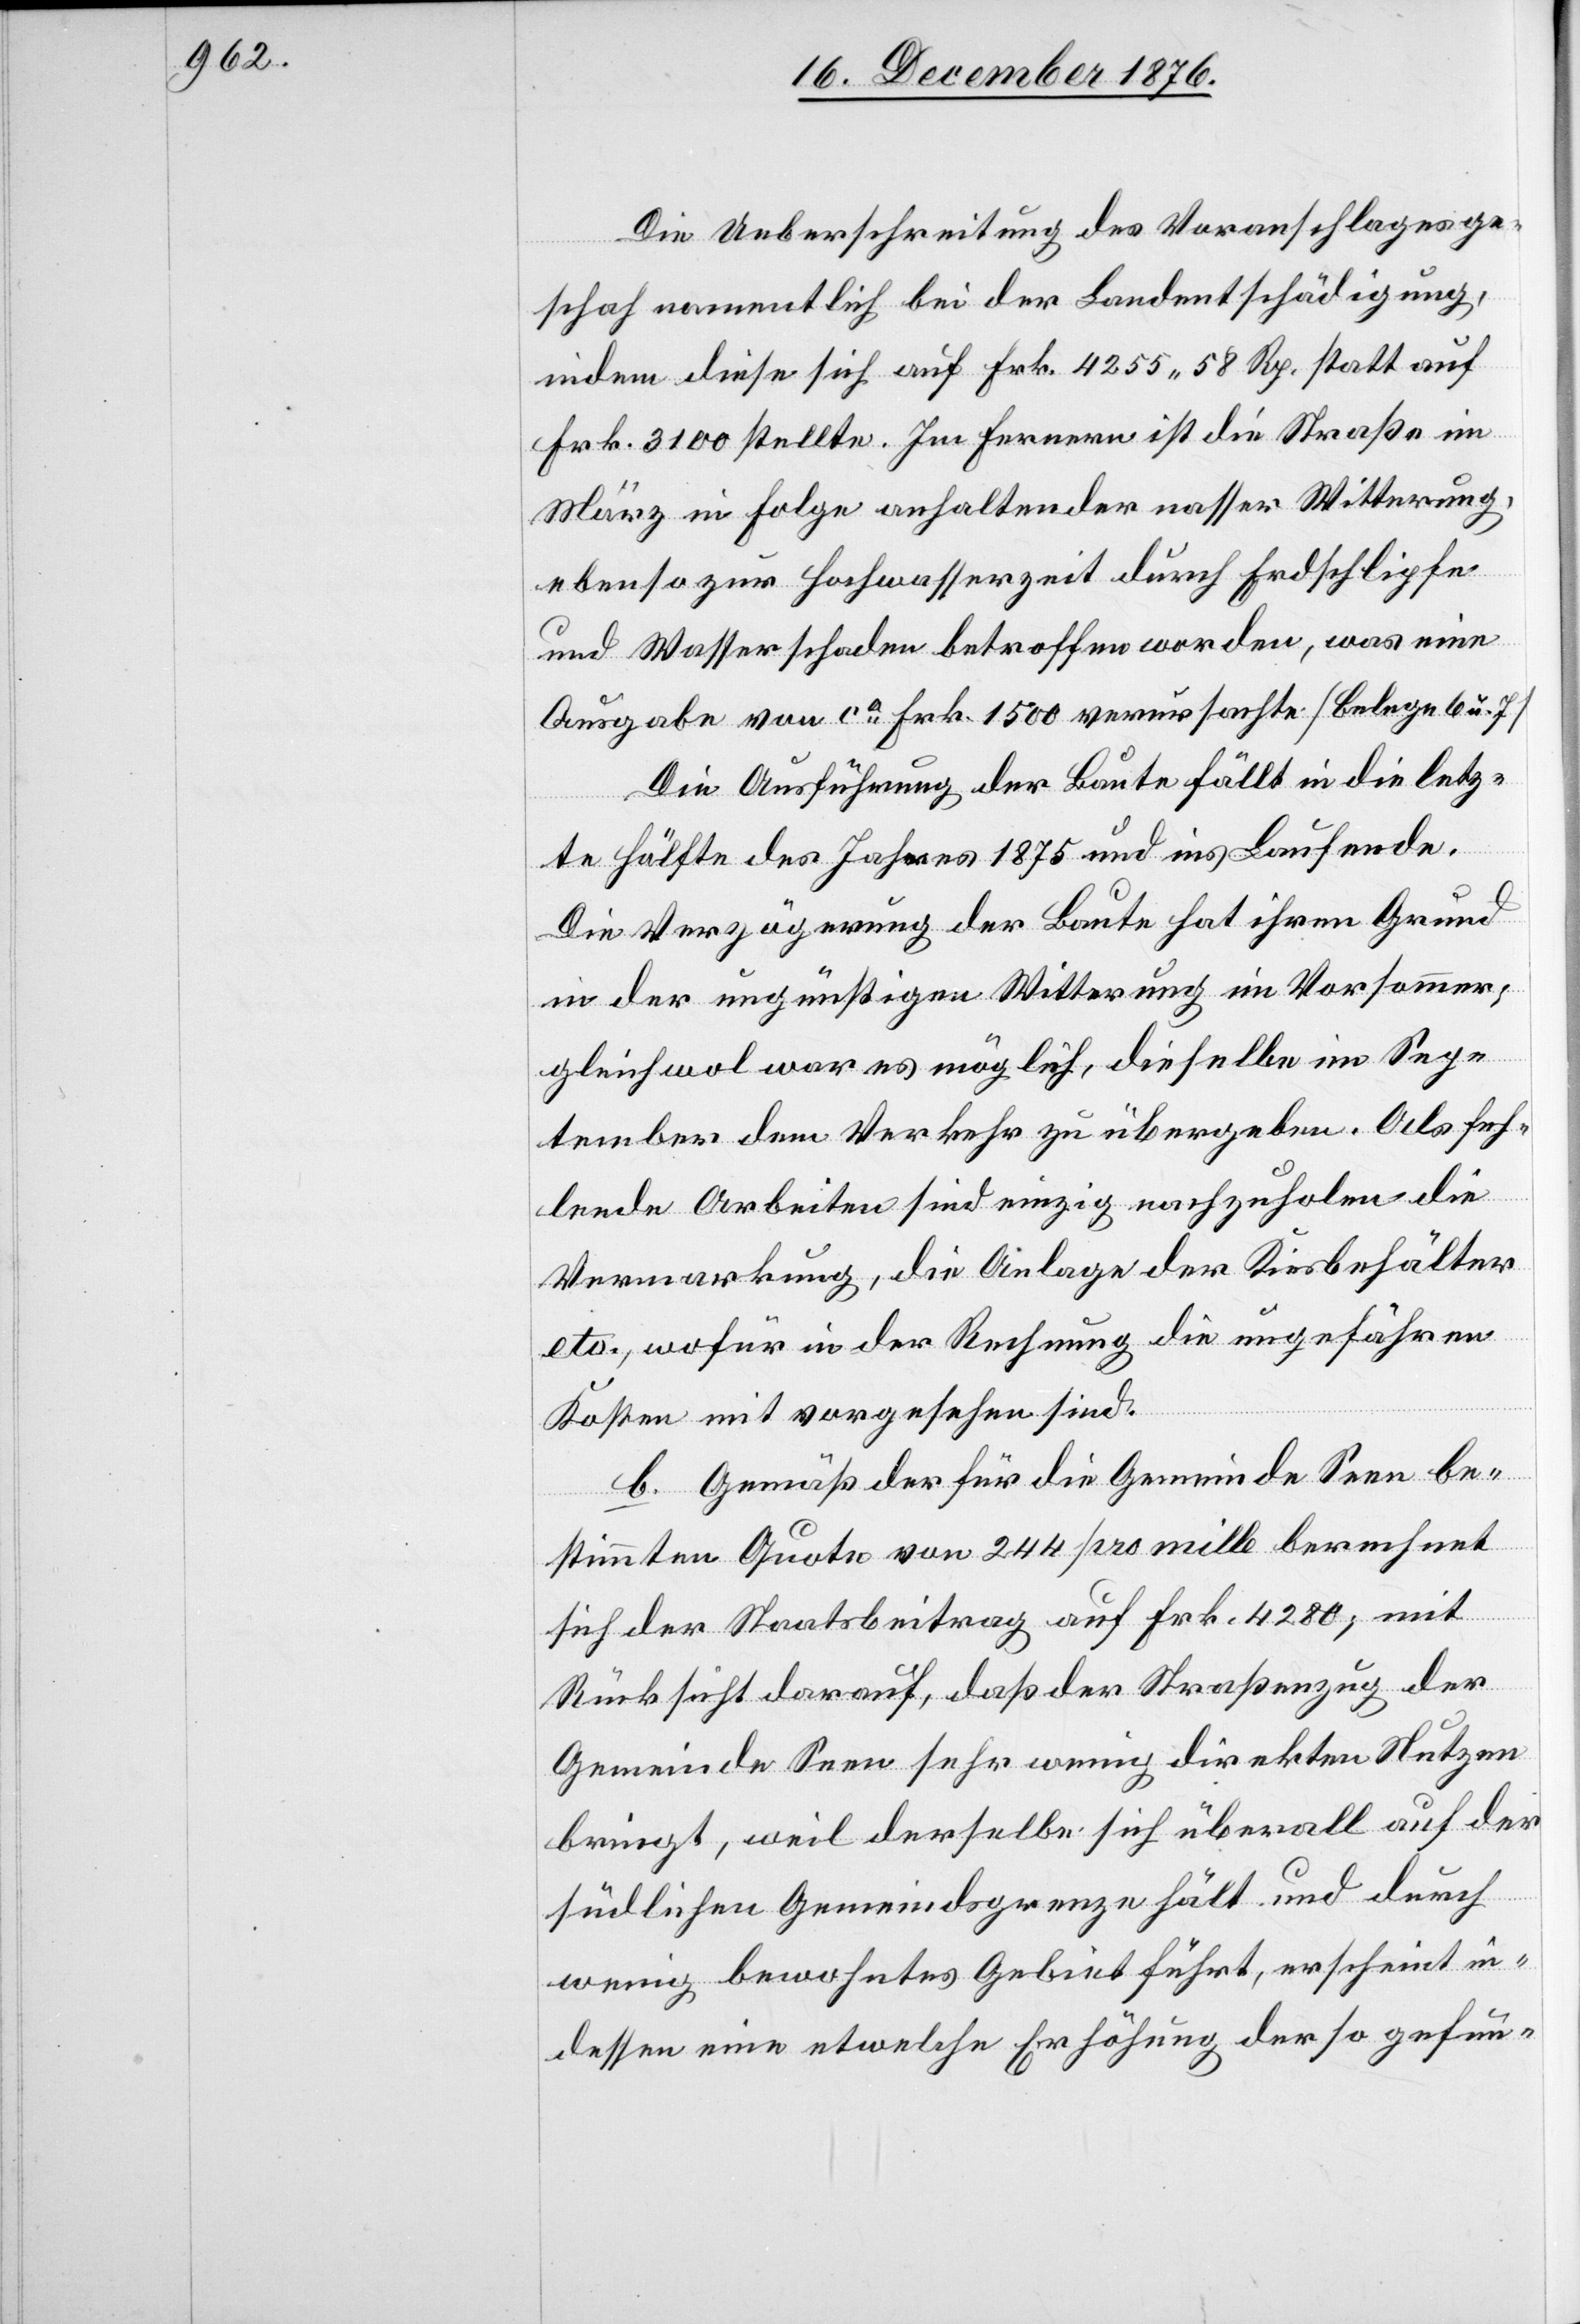
Die Ueberschreitung des Voranschlages ge¬
schah namentlich bei der Landentschädigung,
indem diese sich auf Frk. 4255 58 Rp. statt auf
Frk. 3100 stellte. Im Fernern ist die Straße im
März in Folge anhaltender nasser Witterung,
ebenso zur Hochwasserzeit durch Erdschlipfe
und Wasserschaden betroffen worden, was eine
Ausgabe von ca Frk. 1500 verursachte [Belege 6 u.
Die Ausführung der Baute fällt in die letz¬
te Hälfte des Jahres 1875 und ins Laufende.
Die Verzögerung der Baute hat ihren Grund
in der ungünstigen Witterung im Vorsommer;
gleichwol war es möglich, dieselbe im Sep¬
tember dem Verkehr zu übergeben. Als feh¬
lende Arbeiten sind einzig nachzuholen die
Vermarkung, die Anlage der Kiesbehälter
etc., wofür in der Rechnung die ungefähren
Kosten mit vorgesehen sind.
b. Gemäß der für die Gemeinde Seen be¬
stimmten Quote von 244 pro mille berechnet
sich der Staatsbeitrag auf Frk. 4280; mit
Rücksicht darauf, daß der Straßenzug der
Gemeinde sehr wenig direkten Nutzen
bringt, weil derselbe sich überall auf der
südlichen Gemeindsgrenze hält und durch
wenig bewohntes Gebiet führt, erscheint in
dessen eine etwelche Erhöhung der so gefun-